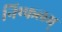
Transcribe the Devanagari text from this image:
निष्फलम्